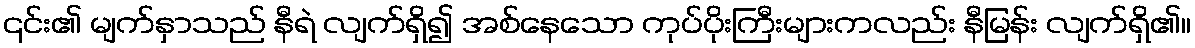
၎င်း၏ မျက်နှာသည် နီရဲ လျက်ရှိ၍ အစ်နေသော ကုပ်ပိုးကြီးများကလည်း နီမြန်း လျက်ရှိ၏။